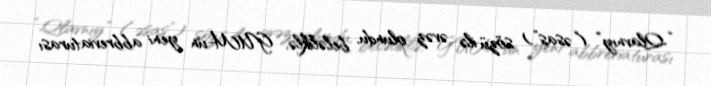
“Qlavnıy” (“əsas”) sözü ilə əvəz olundu, beləliklə, GUM-un yeni abbreviaturası